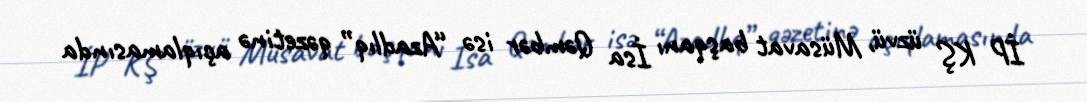
İP KŞ üzvü, Müsavat başqanı İsa Qəmbər isə “Azadlıq” qəzetinə açıqlamasında